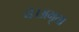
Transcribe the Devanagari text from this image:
थे।अमृता